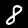
Label: 8